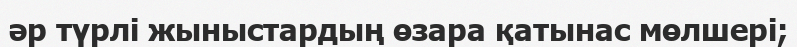
әр түрлі жыныстардың өзара қатынас мөлшері;